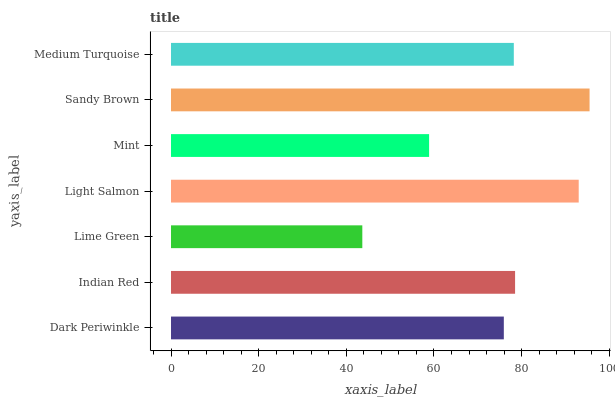
| yaxis_label | bars |
 | --- | --- |
 | Dark Periwinkle | 75.9 |
 | Indian Red | 78.5 |
 | Lime Green | 43.7 |
 | Light Salmon | 93 |
 | Mint | 58.9 |
 | Sandy Brown | 95.5 |
 | Medium Turquoise | 78.2 |